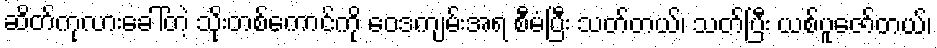
ဆိတ်ကုလားခေါ်တဲ့ သိုးတစ်ကောင်ကို ဝေဒကျမ်းအရ စီမံပြီး သတ်တယ်၊ သတ်ပြီး ယစ်ပူဇော်တယ်၊